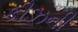
કીઝની